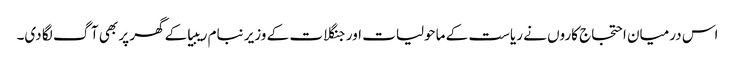
اس درمیان احتجاج کاروں نے ریاست کے ماحولیات اور جنگلات کے وزیر نبام ریبیا کے گھر پر بھی آگ لگا دی۔